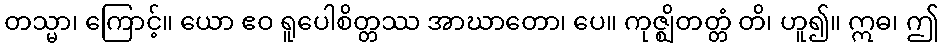
တသ္မာ၊ ကြောင့်။ ယော ဧဝ ရူပေါစိတ္တဿ အာဃာတော၊ ပေ။ ကုဇ္ဈိတတ္တံ တိ၊ ဟူ၍။ ဣဓ၊ ဤ